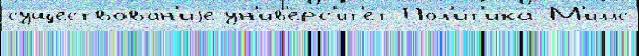
существова́н'иjе ун'ив'ерс'ит'е́т Пол'и́т'ика М'иллс